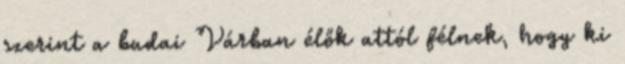
szerint a budai Várban élők attól félnek, hogy ki